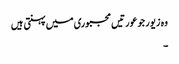
وہ زیور جو عورتیں مجبوری میں پہنتی ہیں
۔